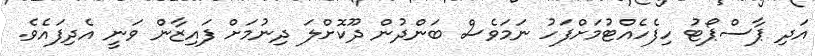
އަދި ޕާސްޕޯޓު ހިފެހެއްޓުމަށްފަހު ނަމަވެސް ބަންދުން ދޫކޮށްލަ ދިނުމަށް ފައިޒާން ވަނީ އެދިފައެވެ.